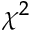
\chi ^ { 2 }